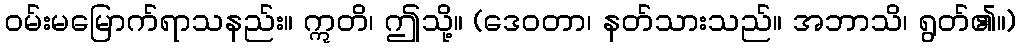
ဝမ်းမမြောက်ရာသနည်း။ ဣတိ၊ ဤသို့။ (ဒေဝတာ၊ နတ်သားသည်။ အဘာသိ၊ ရွတ်၏။)